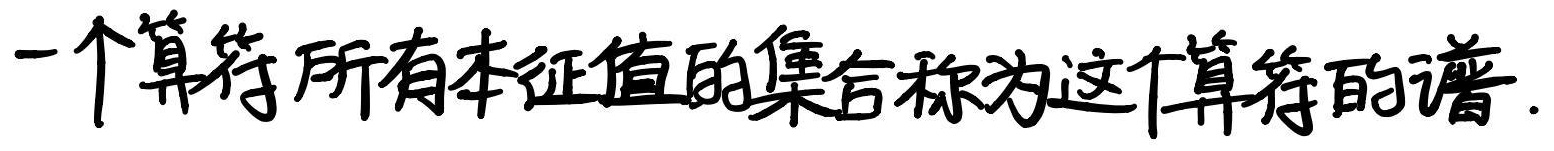
一个算符所有本征值的集合称为这个算符的谱.